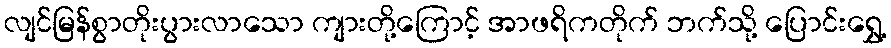
လျင်မြန်စွာတိုးပွားလာသော ကျားတို့ကြောင့် အာဖရိကတိုက် ဘက်သို့ ပြောင်းရွှေ့